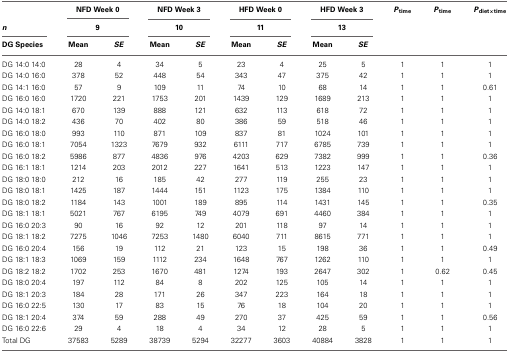
<table><thead><tr><td></td><td colspan="2"><b>NFD Week 0</b></td><td colspan="2"><b>NFD Week 3</b></td><td colspan="2"><b>HFD Week 0</b></td><td colspan="2"><b>HFD Week 3</b></td><td><b><i>P</i><sub>time</sub></b></td><td><b><i>P</i><sub>time</sub></b></td><td><b><i>P</i><sub>diet×time</sub></b></td></tr><tr><td><b><i>n</i></b></td><td colspan="2"><b>9</b></td><td colspan="2"><b>10</b></td><td colspan="2"><b>11</b></td><td colspan="2"><b>13</b></td><td></td><td></td><td></td></tr><tr><td><b>DG Species</b></td><td><b>Mean</b></td><td><b><i>SE</i></b></td><td><b>Mean</b></td><td><b><i>SE</i></b></td><td><b>Mean</b></td><td><b><i>SE</i></b></td><td><b>Mean</b></td><td><b><i>SE</i></b></td><td></td><td></td><td></td></tr></thead><tbody><tr><td>DG 14:0 14:0</td><td>28</td><td>4</td><td>34</td><td>5</td><td>23</td><td>4</td><td>25</td><td>5</td><td>1</td><td>1</td><td>1</td></tr><tr><td>DG 14:0 16:0</td><td>378</td><td>52</td><td>448</td><td>54</td><td>343</td><td>47</td><td>375</td><td>42</td><td>1</td><td>1</td><td>1</td></tr><tr><td>DG 14:1 16:0</td><td>57</td><td>9</td><td>109</td><td>11</td><td>74</td><td>10</td><td>68</td><td>14</td><td>1</td><td>1</td><td>0.61</td></tr><tr><td>DG 16:0 16:0</td><td>1720</td><td>221</td><td>1753</td><td>201</td><td>1439</td><td>129</td><td>1689</td><td>213</td><td>1</td><td>1</td><td>1</td></tr><tr><td>DG 14:0 18:1</td><td>670</td><td>139</td><td>888</td><td>121</td><td>632</td><td>113</td><td>618</td><td>72</td><td>1</td><td>1</td><td>1</td></tr><tr><td>DG 14:0 18:2</td><td>436</td><td>70</td><td>402</td><td>80</td><td>386</td><td>59</td><td>518</td><td>46</td><td>1</td><td>1</td><td>1</td></tr><tr><td>DG 16:0 18:0</td><td>993</td><td>110</td><td>871</td><td>109</td><td>837</td><td>81</td><td>1024</td><td>101</td><td>1</td><td>1</td><td>1</td></tr><tr><td>DG 16:0 18:1</td><td>7054</td><td>1323</td><td>7679</td><td>932</td><td>6111</td><td>717</td><td>6785</td><td>739</td><td>1</td><td>1</td><td>1</td></tr><tr><td>DG 16:0 18:2</td><td>5986</td><td>877</td><td>4836</td><td>976</td><td>4203</td><td>629</td><td>7382</td><td>999</td><td>1</td><td>1</td><td>0.36</td></tr><tr><td>DG 16:1 18:1</td><td>1214</td><td>203</td><td>2012</td><td>227</td><td>1641</td><td>513</td><td>1223</td><td>147</td><td>1</td><td>1</td><td>1</td></tr><tr><td>DG 18:0 18:0</td><td>212</td><td>16</td><td>185</td><td>42</td><td>277</td><td>119</td><td>255</td><td>23</td><td>1</td><td>1</td><td>1</td></tr><tr><td>DG 18:0 18:1</td><td>1425</td><td>187</td><td>1444</td><td>151</td><td>1123</td><td>175</td><td>1384</td><td>110</td><td>1</td><td>1</td><td>1</td></tr><tr><td>DG 18:0 18:2</td><td>1184</td><td>143</td><td>1001</td><td>189</td><td>895</td><td>114</td><td>1431</td><td>145</td><td>1</td><td>1</td><td>0.35</td></tr><tr><td>DG 18:1 18:1</td><td>5021</td><td>767</td><td>6195</td><td>749</td><td>4079</td><td>691</td><td>4460</td><td>384</td><td>1</td><td>1</td><td>1</td></tr><tr><td>DG 16:0 20:3</td><td>90</td><td>16</td><td>92</td><td>12</td><td>201</td><td>118</td><td>97</td><td>14</td><td>1</td><td>1</td><td>1</td></tr><tr><td>DG 18:1 18:2</td><td>7275</td><td>1046</td><td>7253</td><td>1480</td><td>6040</td><td>711</td><td>8615</td><td>771</td><td>1</td><td>1</td><td>1</td></tr><tr><td>DG 16:0 20:4</td><td>156</td><td>19</td><td>112</td><td>21</td><td>123</td><td>15</td><td>198</td><td>36</td><td>1</td><td>1</td><td>0.49</td></tr><tr><td>DG 18:1 18:3</td><td>1069</td><td>159</td><td>1112</td><td>234</td><td>1648</td><td>767</td><td>1262</td><td>110</td><td>1</td><td>1</td><td>1</td></tr><tr><td>DG 18:2 18:2</td><td>1702</td><td>253</td><td>1670</td><td>481</td><td>1274</td><td>193</td><td>2647</td><td>302</td><td>1</td><td>0.62</td><td>0.45</td></tr><tr><td>DG 18:0 20:4</td><td>197</td><td>112</td><td>84</td><td>8</td><td>202</td><td>125</td><td>105</td><td>14</td><td>1</td><td>1</td><td>1</td></tr><tr><td>DG 18:1 20:3</td><td>184</td><td>28</td><td>171</td><td>26</td><td>347</td><td>223</td><td>164</td><td>18</td><td>1</td><td>1</td><td>1</td></tr><tr><td>DG 16:0 22:5</td><td>130</td><td>17</td><td>83</td><td>15</td><td>76</td><td>18</td><td>104</td><td>20</td><td>1</td><td>1</td><td>1</td></tr><tr><td>DG 18:1 20:4</td><td>374</td><td>59</td><td>288</td><td>49</td><td>270</td><td>37</td><td>425</td><td>59</td><td>1</td><td>1</td><td>0.56</td></tr><tr><td>DG 16:0 22:6</td><td>29</td><td>4</td><td>18</td><td>4</td><td>34</td><td>12</td><td>28</td><td>5</td><td>1</td><td>1</td><td>1</td></tr><tr><td>Total DG</td><td>37583</td><td>5289</td><td>38739</td><td>5294</td><td>32277</td><td>3603</td><td>40884</td><td>3828</td><td>1</td><td>1</td><td>1</td></tr></tbody></table>